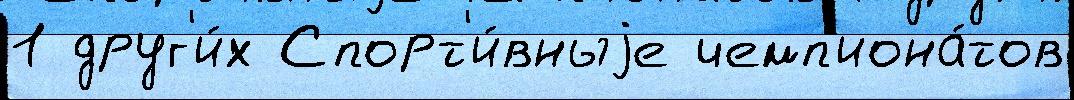
1 друг'и́х Спорт'и́вныjе чемп'иона́тов